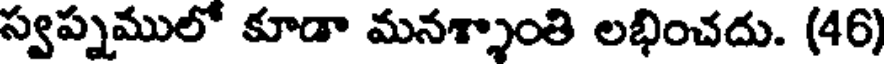
స్వప్నములో కూడా మనశ్శాంతి లభించదు. (46)